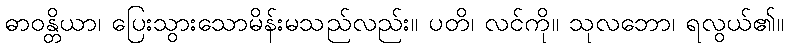
ဓာဝန္တိယာ၊ ပြေးသွားသောမိန်းမသည်လည်း။ ပတိ၊ လင်ကို။ သုလဘော၊ ရလွယ်၏။